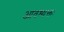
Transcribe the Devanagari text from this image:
आवश्यक्तः